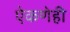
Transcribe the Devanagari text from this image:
ऐकणेही